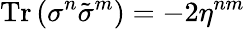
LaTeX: \mathrm{Tr}\, (\sigma^{n}\tilde{\sigma}^{m})=-2\eta^{nm}